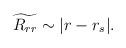
LaTeX: \begin{align*}\widetilde{R_{rr}}\sim |r-r_s|.\end{align*}